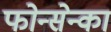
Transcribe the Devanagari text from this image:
फोन्सेन्का